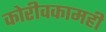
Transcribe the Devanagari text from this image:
कोरीवकामही